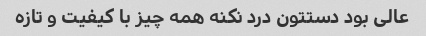
عالی بود دستتون درد نکنه همه چیز با کیفیت و تازه